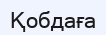
Қобдаға